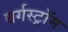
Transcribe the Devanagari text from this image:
बर्गस्ट्रॉम